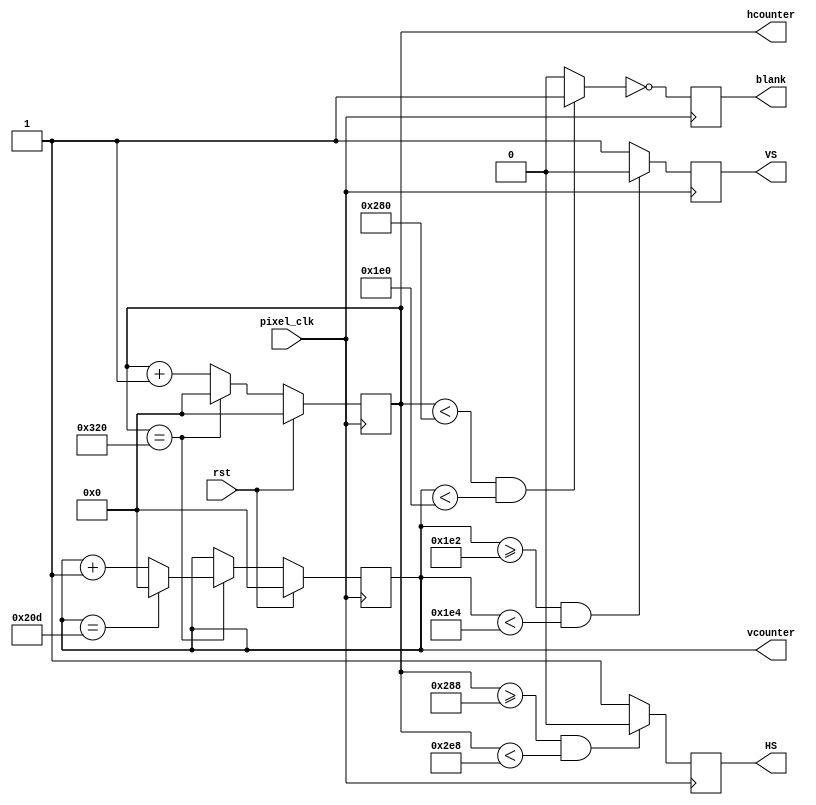
`timescale 1ns / 1ps

// Generate HS, VS signals from pixel clock.
// hcounter & vcounter are the index of the current pixel 
// origin (0, 0) at top-left corner of the screen
// valid display range for hcounter: [0, 640)
// valid display range for vcounter: [0, 480)
module vga_controller_640_60(rst, pixel_clk,HS,VS,hcounter,vcounter,blank);

	input pixel_clk, rst;
	output HS, VS, blank;
	output [10:0] hcounter, vcounter;

	parameter HMAX = 800; // maximum value for the horizontal pixel counter, orig: 800
	parameter VMAX = 525; // maximum value for the vertical pixel counter, orig: 525
	parameter HLINES = 640; // total number of visible columns, orig: 640
	parameter HFP = 648; // value for the horizontal counter where front porch ends, orig: 648
	parameter HSP = 744; // value for the horizontal counter where the synch pulse ends, orig: 744
	parameter VLINES = 480; // total number of visible lines, orig: 480
	parameter VFP = 482; // value for the vertical counter where the front porch ends, orig: 482
	parameter VSP = 484; // value for the vertical counter where the synch pulse ends, orig: 484
	parameter SPP = 0;

	wire video_enable;
	reg HS,VS,blank;
	reg [10:0] hcounter,vcounter;

	always@(posedge pixel_clk)begin
		blank <= ~video_enable; 
	end

	always@(posedge pixel_clk)begin
	   if(rst==1) begin
        hcounter<=11'b0;
        end
		else if (hcounter == HMAX) hcounter <= 0;
		else hcounter <= hcounter + 1;
	end

	always@(posedge pixel_clk)begin
	    if(rst==1) begin
        vcounter<=11'b0;
        end
		else if(hcounter == HMAX) begin
			if(vcounter == VMAX) vcounter <= 0;
			else vcounter <= vcounter + 1; 
		end
	end

	always@(posedge pixel_clk)begin
		if(hcounter >= HFP && hcounter < HSP) HS <= SPP;
		else HS <= ~SPP; 
	end

	always@(posedge pixel_clk)begin
		if(vcounter >= VFP && vcounter < VSP) VS <= SPP;
		else VS <= ~SPP; 
	end

	assign video_enable = (hcounter < HLINES && vcounter < VLINES) ? 1'b1 : 1'b0;

endmodule

    
//font ROM which identifies bit representation of hex values for VGA
module reduced_font_rom(addr,data);

    input wire [7:0] addr;
    output reg [7:0] data;
   
   // signal declaration
   reg [7:0] addr_reg; 

  // body
   always @(*) 
     addr_reg <= addr;
      
   always @(*)
      case (addr_reg)
         8'h00: data = 8'b00000000; // 
         8'h01: data = 8'b00000000; // 
         8'h02: data = 8'b01111100; //  *****
         8'h03: data = 8'b11000110; // **   **
         8'h04: data = 8'b11000110; // **   **
         8'h05: data = 8'b11001110; // **  ***
         8'h06: data = 8'b11011110; // ** ****
         8'h07: data = 8'b11110110; // **** **
         8'h08: data = 8'b11100110; // ***  **
         8'h09: data = 8'b11000110; // **   **
         8'h0a: data = 8'b11000110; // **   **
         8'h0b: data = 8'b01111100; //  *****
         8'h0c: data = 8'b00000000; // 
         8'h0d: data = 8'b00000000; // 
         8'h0e: data = 8'b00000000; // 
         8'h0f: data = 8'b00000000; // 

         8'h10: data = 8'b00000000; // 
         8'h11: data = 8'b00000000; // 
         8'h12: data = 8'b00011000; // 
         8'h13: data = 8'b00111000; // 
         8'h14: data = 8'b01111000; //    **
         8'h15: data = 8'b00011000; //   ***
         8'h16: data = 8'b00011000; //  ****
         8'h17: data = 8'b00011000; //    **
         8'h18: data = 8'b00011000; //    **
         8'h19: data = 8'b00011000; //    **
         8'h1a: data = 8'b00011000; //    **
         8'h1b: data = 8'b01111110; //    **
         8'h1c: data = 8'b00000000; //    **
         8'h1d: data = 8'b00000000; //  ******
         8'h1e: data = 8'b00000000; // 
         8'h1f: data = 8'b00000000; // 

         8'h20: data = 8'b00000000; // 
         8'h21: data = 8'b00000000; // 
         8'h22: data = 8'b01111100; //  *****
         8'h23: data = 8'b11000110; // **   **
         8'h24: data = 8'b00000110; //      **
         8'h25: data = 8'b00001100; //     **
         8'h26: data = 8'b00011000; //    **
         8'h27: data = 8'b00110000; //   **
         8'h28: data = 8'b01100000; //  **
         8'h29: data = 8'b11000000; // **
         8'h2a: data = 8'b11000110; // **   **
         8'h2b: data = 8'b11111110; // *******
         8'h2c: data = 8'b00000000; // 
         8'h2d: data = 8'b00000000; // 
         8'h2e: data = 8'b00000000; // 
         8'h2f: data = 8'b00000000; // 

         8'h30: data = 8'b00000000; // 
         8'h31: data = 8'b00000000; // 
         8'h32: data = 8'b01111100; //  *****
         8'h33: data = 8'b11000110; // **   **
         8'h34: data = 8'b00000110; //      **
         8'h35: data = 8'b00000110; //      **
         8'h36: data = 8'b00111100; //   ****
         8'h37: data = 8'b00000110; //      **
         8'h38: data = 8'b00000110; //      **
         8'h39: data = 8'b00000110; //      **
         8'h3a: data = 8'b11000110; // **   **
         8'h3b: data = 8'b01111100; //  *****
         8'h3c: data = 8'b00000000; // 
         8'h3d: data = 8'b00000000; // 
         8'h3e: data = 8'b00000000; // 
         8'h3f: data = 8'b00000000; // 

         8'h40: data = 8'b00000000; // 
         8'h41: data = 8'b00000000; // 
         8'h42: data = 8'b00001100; //     **
         8'h43: data = 8'b00011100; //    ***
         8'h44: data = 8'b00111100; //   ****
         8'h45: data = 8'b01101100; //  ** **
         8'h46: data = 8'b11001100; // **  **
         8'h47: data = 8'b11111110; // *******
         8'h48: data = 8'b00001100; //     **
         8'h49: data = 8'b00001100; //     **
         8'h4a: data = 8'b00001100; //     **
         8'h4b: data = 8'b00011110; //    ****
         8'h4c: data = 8'b00000000; // 
         8'h4d: data = 8'b00000000; // 
         8'h4e: data = 8'b00000000; // 
         8'h4f: data = 8'b00000000; // 

         8'h50: data = 8'b00000000; // 
         8'h51: data = 8'b00000000; // 
         8'h52: data = 8'b11111110; // *******
         8'h53: data = 8'b11000000; // **
         8'h54: data = 8'b11000000; // **
         8'h55: data = 8'b11000000; // **
         8'h56: data = 8'b11111100; // ******
         8'h57: data = 8'b00000110; //      **
         8'h58: data = 8'b00000110; //      **
         8'h59: data = 8'b00000110; //      **
         8'h5a: data = 8'b11000110; // **   **
         8'h5b: data = 8'b01111100; //  *****
         8'h5c: data = 8'b00000000; // 
         8'h5d: data = 8'b00000000; // 
         8'h5e: data = 8'b00000000; // 
         8'h5f: data = 8'b00000000; // 

         8'h60: data = 8'b00000000; // 
         8'h61: data = 8'b00000000; // 
         8'h62: data = 8'b00111000; //   ***
         8'h63: data = 8'b01100000; //  **
         8'h64: data = 8'b11000000; // **
         8'h65: data = 8'b11000000; // **
         8'h66: data = 8'b11111100; // ******
         8'h67: data = 8'b11000110; // **   **
         8'h68: data = 8'b11000110; // **   **
         8'h69: data = 8'b11000110; // **   **
         8'h6a: data = 8'b11000110; // **   **
         8'h6b: data = 8'b01111100; //  *****
         8'h6c: data = 8'b00000000; // 
         8'h6d: data = 8'b00000000; // 
         8'h6e: data = 8'b00000000; // 
         8'h6f: data = 8'b00000000; // 

         8'h70: data = 8'b00000000; // 
         8'h71: data = 8'b00000000; // 
         8'h72: data = 8'b11111110; // *******
         8'h73: data = 8'b11000110; // **   **
         8'h74: data = 8'b00000110; //      **
         8'h75: data = 8'b00000110; //      **
         8'h76: data = 8'b00001100; //     **
         8'h77: data = 8'b00011000; //    **
         8'h78: data = 8'b00110000; //   **
         8'h79: data = 8'b00110000; //   **
         8'h7a: data = 8'b00110000; //   **
         8'h7b: data = 8'b00110000; //   **
         8'h7c: data = 8'b00000000; // 
         8'h7d: data = 8'b00000000; // 
         8'h7e: data = 8'b00000000; // 
         8'h7f: data = 8'b00000000; // 

         8'h80: data = 8'b00000000; // 
         8'h81: data = 8'b00000000; // 
         8'h82: data = 8'b01111100; //  *****
         8'h83: data = 8'b11000110; // **   **
         8'h84: data = 8'b11000110; // **   **
         8'h85: data = 8'b11000110; // **   **
         8'h86: data = 8'b01111100; //  *****
         8'h87: data = 8'b11000110; // **   **
         8'h88: data = 8'b11000110; // **   **
         8'h89: data = 8'b11000110; // **   **
         8'h8a: data = 8'b11000110; // **   **
         8'h8b: data = 8'b01111100; //  *****
         8'h8c: data = 8'b00000000; // 
         8'h8d: data = 8'b00000000; // 
         8'h8e: data = 8'b00000000; // 
         8'h8f: data = 8'b00000000; // 

         8'h90: data = 8'b00000000; // 
         8'h91: data = 8'b00000000; // 
         8'h92: data = 8'b01111100; //  *****
         8'h93: data = 8'b11000110; // **   **
         8'h94: data = 8'b11000110; // **   **
         8'h95: data = 8'b11000110; // **   **
         8'h96: data = 8'b01111110; //  ******
         8'h97: data = 8'b00000110; //      **
         8'h98: data = 8'b00000110; //      **
         8'h99: data = 8'b00000110; //      **
         8'h9a: data = 8'b00001100; //     **
         8'h9b: data = 8'b01111000; //  ****
         8'h9c: data = 8'b00000000; // 
         8'h9d: data = 8'b00000000; // 
         8'h9e: data = 8'b00000000; // 
         8'h9f: data = 8'b00000000; // 

         8'ha0: data = 8'b00000000; // 
         8'ha1: data = 8'b00000000; // 
         8'ha2: data = 8'b00010000; //    *
         8'ha3: data = 8'b00111000; //   ***
         8'ha4: data = 8'b01101100; //  ** **
         8'ha5: data = 8'b11000110; // **   **
         8'ha6: data = 8'b11000110; // **   **
         8'ha7: data = 8'b11111110; // *******
         8'ha8: data = 8'b11000110; // **   **
         8'ha9: data = 8'b11000110; // **   **
         8'haa: data = 8'b11000110; // **   **
         8'hab: data = 8'b11000110; // **   **
         8'hac: data = 8'b00000000; // 
         8'had: data = 8'b00000000; // 
         8'hae: data = 8'b00000000; // 
         8'haf: data = 8'b00000000; // 

         8'hb0: data = 8'b00000000; // 
         8'hb1: data = 8'b00000000; // 
         8'hb2: data = 8'b11111100; // ******
         8'hb3: data = 8'b01100110; //  **  **
         8'hb4: data = 8'b01100110; //  **  **
         8'hb5: data = 8'b01100110; //  **  **
         8'hb6: data = 8'b01111100; //  *****
         8'hb7: data = 8'b01100110; //  **  **
         8'hb8: data = 8'b01100110; //  **  **
         8'hb9: data = 8'b01100110; //  **  **
         8'hba: data = 8'b01100110; //  **  **
         8'hbb: data = 8'b11111100; // ******
         8'hbc: data = 8'b00000000; // 
         8'hbd: data = 8'b00000000; // 
         8'hbe: data = 8'b00000000; // 
         8'hbf: data = 8'b00000000; // 

         8'hc0: data = 8'b00000000; // 
         8'hc1: data = 8'b00000000; // 
         8'hc2: data = 8'b00111100; //   ****
         8'hc3: data = 8'b01100110; //  **  **
         8'hc4: data = 8'b11000010; // **    *
         8'hc5: data = 8'b11000000; // **
         8'hc6: data = 8'b11000000; // **
         8'hc7: data = 8'b11000000; // **
         8'hc8: data = 8'b11000000; // **
         8'hc9: data = 8'b11000010; // **    *
         8'hca: data = 8'b01100110; //  **  **
         8'hcb: data = 8'b00111100; //   ****
         8'hcc: data = 8'b00000000; // 
         8'hcd: data = 8'b00000000; // 
         8'hce: data = 8'b00000000; // 
         8'hcf: data = 8'b00000000; // 

         8'hd0: data = 8'b00000000; // 
         8'hd1: data = 8'b00000000; // 
         8'hd2: data = 8'b11111000; // *****
         8'hd3: data = 8'b01101100; //  ** **
         8'hd4: data = 8'b01100110; //  **  **
         8'hd5: data = 8'b01100110; //  **  **
         8'hd6: data = 8'b01100110; //  **  **
         8'hd7: data = 8'b01100110; //  **  **
         8'hd8: data = 8'b01100110; //  **  **
         8'hd9: data = 8'b01100110; //  **  **
         8'hda: data = 8'b01101100; //  ** **
         8'hdb: data = 8'b11111000; // *****
         8'hdc: data = 8'b00000000; // 
         8'hdd: data = 8'b00000000; // 
         8'hde: data = 8'b00000000; // 
         8'hdf: data = 8'b00000000; // 

         8'he0: data = 8'b00000000; // 
         8'he1: data = 8'b00000000; // 
         8'he2: data = 8'b11111110; // *******
         8'he3: data = 8'b01100110; //  **  **
         8'he4: data = 8'b01100010; //  **   *
         8'he5: data = 8'b01101000; //  ** *
         8'he6: data = 8'b01111000; //  ****
         8'he7: data = 8'b01101000; //  ** *
         8'he8: data = 8'b01100000; //  **
         8'he9: data = 8'b01100010; //  **   *
         8'hea: data = 8'b01100110; //  **  **
         8'heb: data = 8'b11111110; // *******
         8'hec: data = 8'b00000000; // 
         8'hed: data = 8'b00000000; // 
         8'hee: data = 8'b00000000; // 
         8'hef: data = 8'b00000000; // 

         8'hf0: data = 8'b00000000; // 
         8'hf1: data = 8'b00000000; // 
         8'hf2: data = 8'b11111110; // *******
         8'hf3: data = 8'b01100110; //  **  **
         8'hf4: data = 8'b01100010; //  **   *
         8'hf5: data = 8'b01101000; //  ** *
         8'hf6: data = 8'b01111000; //  ****
         8'hf7: data = 8'b01101000; //  ** *
         8'hf8: data = 8'b01100000; //  **
         8'hf9: data = 8'b01100000; //  **
         8'hfa: data = 8'b01100000; //  **
         8'hfb: data = 8'b11110000; // ****
         8'hfc: data = 8'b00000000; // 
         8'hfd: data = 8'b00000000; // 
         8'hfe: data = 8'b00000000; // 
         8'hff: data = 8'b00000000; // 
endcase

endmodule


// top module that instantiate the VGA controller and generate images
module top_VGA(
    input wire [15:0] reg_value,
    input wire CLK100MHZ,
    input wire rst,
    output reg [3:0] VGA_R,
    output reg [3:0] VGA_G,
    output reg [3:0] VGA_B,
    output wire VGA_HS,
    output wire VGA_VS
    );

reg pclk_div_cnt=1'b0;
reg pixel_clk=1'b0;
reg rst_VGA=1'b0;
reg [7:0] address;
reg [31:0] address_init;
wire [10:0] vga_hcnt, vga_vcnt;
wire [7:0] data_char;
wire vga_blank;
reg [7:0] address_init_part;
reg [10:0] vga_hcnt_mod;

always @(rst) begin
    rst_VGA <= rst;
end

// Clock divider. Generate 25MHz pixel_clk from 100MHz clock.
always @(posedge CLK100MHZ) begin
    pclk_div_cnt <= !pclk_div_cnt;
    if (pclk_div_cnt == 1'b1) pixel_clk <= !pixel_clk;
end

// Instantiate VGA controller
vga_controller_640_60 vga_controller(
   .rst(rst_VGA), .pixel_clk(pixel_clk), .HS(VGA_HS), .VS(VGA_VS), .hcounter(vga_hcnt), .vcounter(vga_vcnt), .blank(vga_blank) );

// Instantiate font ROM
reduced_font_rom rom_data(.addr(address), .data(data_char));

//determine addresses of text to display based on register file value
    // 4 char output
genvar i;
generate 
    for(i=0;i<4;i=i+1) begin
    always @(*) begin
            case(reg_value[(i+1)*4-1:i*4])
                4'h0: address_init[(i+1)*8-1:i*8] = 8'h00;
                4'h1: address_init[(i+1)*8-1:i*8] = 8'h10;
                4'h2: address_init[(i+1)*8-1:i*8] = 8'h20;
                4'h3: address_init[(i+1)*8-1:i*8] = 8'h30;
                4'h4: address_init[(i+1)*8-1:i*8] = 8'h40;
                4'h5: address_init[(i+1)*8-1:i*8] = 8'h50;
                4'h6: address_init[(i+1)*8-1:i*8] = 8'h60;
                4'h7: address_init[(i+1)*8-1:i*8] = 8'h70;
                4'h8: address_init[(i+1)*8-1:i*8] = 8'h80;
                4'h9: address_init[(i+1)*8-1:i*8] = 8'h90;
                4'ha: address_init[(i+1)*8-1:i*8] = 8'ha0;
                4'hb: address_init[(i+1)*8-1:i*8] = 8'hb0;
                4'hc: address_init[(i+1)*8-1:i*8] = 8'hc0;
                4'hd: address_init[(i+1)*8-1:i*8] = 8'hd0;
                4'he: address_init[(i+1)*8-1:i*8] = 8'he0;
                4'hf: address_init[(i+1)*8-1:i*8] = 8'hf0;
            endcase
        end
    end
endgenerate
    

// Generate figure to be displayed
// Decide the color for the current pixel at index (hcnt, vcnt).
// This example displays an white square at the center of the screen with a colored checkerboard background.
always @(*) begin
    // Set pixels to black during Sync. Failure to do so will result in dimmed colors or black screens.
    if (vga_blank) begin 
        VGA_R = 0;
        VGA_G = 0;
        VGA_B = 0;
    end
    else begin

            //Identify which hex value we are displaying based on vga_hcnt
            if (vga_hcnt >= 0 && vga_hcnt <= 160) begin          //Reg Hex Value0
                    address_init_part = address_init[31:24]; end
            else if (vga_hcnt >= 161 && vga_hcnt <= 320) begin   //Reg Hex Value1
                    address_init_part = address_init[23:16]; end
            else if (vga_hcnt >= 321 && vga_hcnt <= 480) begin   //Reg Hex Value2
                    address_init_part = address_init[15:8]; end
            else if (vga_hcnt >= 481 && vga_hcnt <= 640) begin   //Reg Hex Value3
                    address_init_part = address_init[7:0]; end
                    

            //Identify which line of the hex value we are displaying based on vga_vcnt
            if (vga_vcnt >=0 && vga_vcnt <=30)begin
                address = address_init_part; end
            else if (vga_vcnt >=31 && vga_vcnt <=60)begin
                address = address_init_part+1; end
            else if (vga_vcnt >=61 && vga_vcnt <=90)begin
                address = address_init_part+2; end
            else if (vga_vcnt >=91 && vga_vcnt <=120)begin
                address = address_init_part+3; end
            else if (vga_vcnt >=121 && vga_vcnt <=150)begin
                address = address_init_part+4; end
            else if (vga_vcnt >=151 && vga_vcnt <=180)begin
                address = address_init_part+5; end
            else if (vga_vcnt >=181 && vga_vcnt <=210)begin
                address = address_init_part+6; end
            else if (vga_vcnt >=211 && vga_vcnt <=240)begin
                address = address_init_part+7; end
            else if (vga_vcnt >=241 && vga_vcnt <=270)begin
                address = address_init_part+8; end
            else if (vga_vcnt >=271 && vga_vcnt <=300)begin
                address = address_init_part+9; end
            else if (vga_vcnt >=301 && vga_vcnt <=330)begin
                address = address_init_part+10; end
            else if (vga_vcnt >=331 && vga_vcnt <=360)begin
                address = address_init_part+11; end
            else if (vga_vcnt >=361 && vga_vcnt <=390)begin
                address = address_init_part+12; end
            else if (vga_vcnt >=391 && vga_vcnt <=420)begin
                address = address_init_part+13; end
            else if (vga_vcnt >=421 && vga_vcnt <=450)begin
                address = address_init_part+14; end
            else if (vga_vcnt >=451 && vga_vcnt <=480)begin
                address = address_init_part+15; end
                
            vga_hcnt_mod = vga_hcnt % 160;

            //Set VGA R, G, and B values based on output from font ROM
            if (vga_hcnt_mod >= 1 && vga_hcnt_mod <= 20) begin   //character 0
                    VGA_R = {4{data_char[7]}}; VGA_G = {4{data_char[7]}}; VGA_B = {4{data_char[7]}}; end
            else if (vga_hcnt_mod >= 21 && vga_hcnt_mod <= 40) begin   //character 1
                    VGA_R = {4{data_char[6]}}; VGA_G = {4{data_char[6]}}; VGA_B = {4{data_char[6]}}; end
            else if (vga_hcnt_mod >= 41 && vga_hcnt_mod <= 60) begin   //character 2
                    VGA_R = {4{data_char[5]}}; VGA_G = {4{data_char[5]}}; VGA_B = {4{data_char[5]}}; end
            else if (vga_hcnt_mod >= 61 && vga_hcnt_mod <= 80) begin   //character 3
                    VGA_R = {4{data_char[4]}}; VGA_G = {4{data_char[4]}}; VGA_B = {4{data_char[4]}}; end
           else if (vga_hcnt_mod >= 81 && vga_hcnt_mod <= 100)  begin   //character 4
                    VGA_R = {4{data_char[3]}}; VGA_G = {4{data_char[3]}}; VGA_B = {4{data_char[3]}}; end
           else if (vga_hcnt_mod >= 101 && vga_hcnt_mod <= 120)  begin   //character 5
                    VGA_R = {4{data_char[2]}}; VGA_G = {4{data_char[2]}}; VGA_B = {4{data_char[2]}}; end
           else if (vga_hcnt_mod >= 121 && vga_hcnt_mod <= 140) begin   //character 6
                    VGA_R = {4{data_char[1]}}; VGA_G = {4{data_char[1]}}; VGA_B = {4{data_char[1]}}; end
           else if (vga_hcnt_mod >= 141 && vga_hcnt_mod <= 159)  begin   //character 7
                    VGA_R = {4{data_char[0]}}; VGA_G = {4{data_char[0]}}; VGA_B = {4{data_char[0]}}; end
		  end
		
end

endmodule